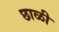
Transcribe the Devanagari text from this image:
छाळी